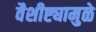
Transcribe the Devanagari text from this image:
वैशीष्ट्यामुळे